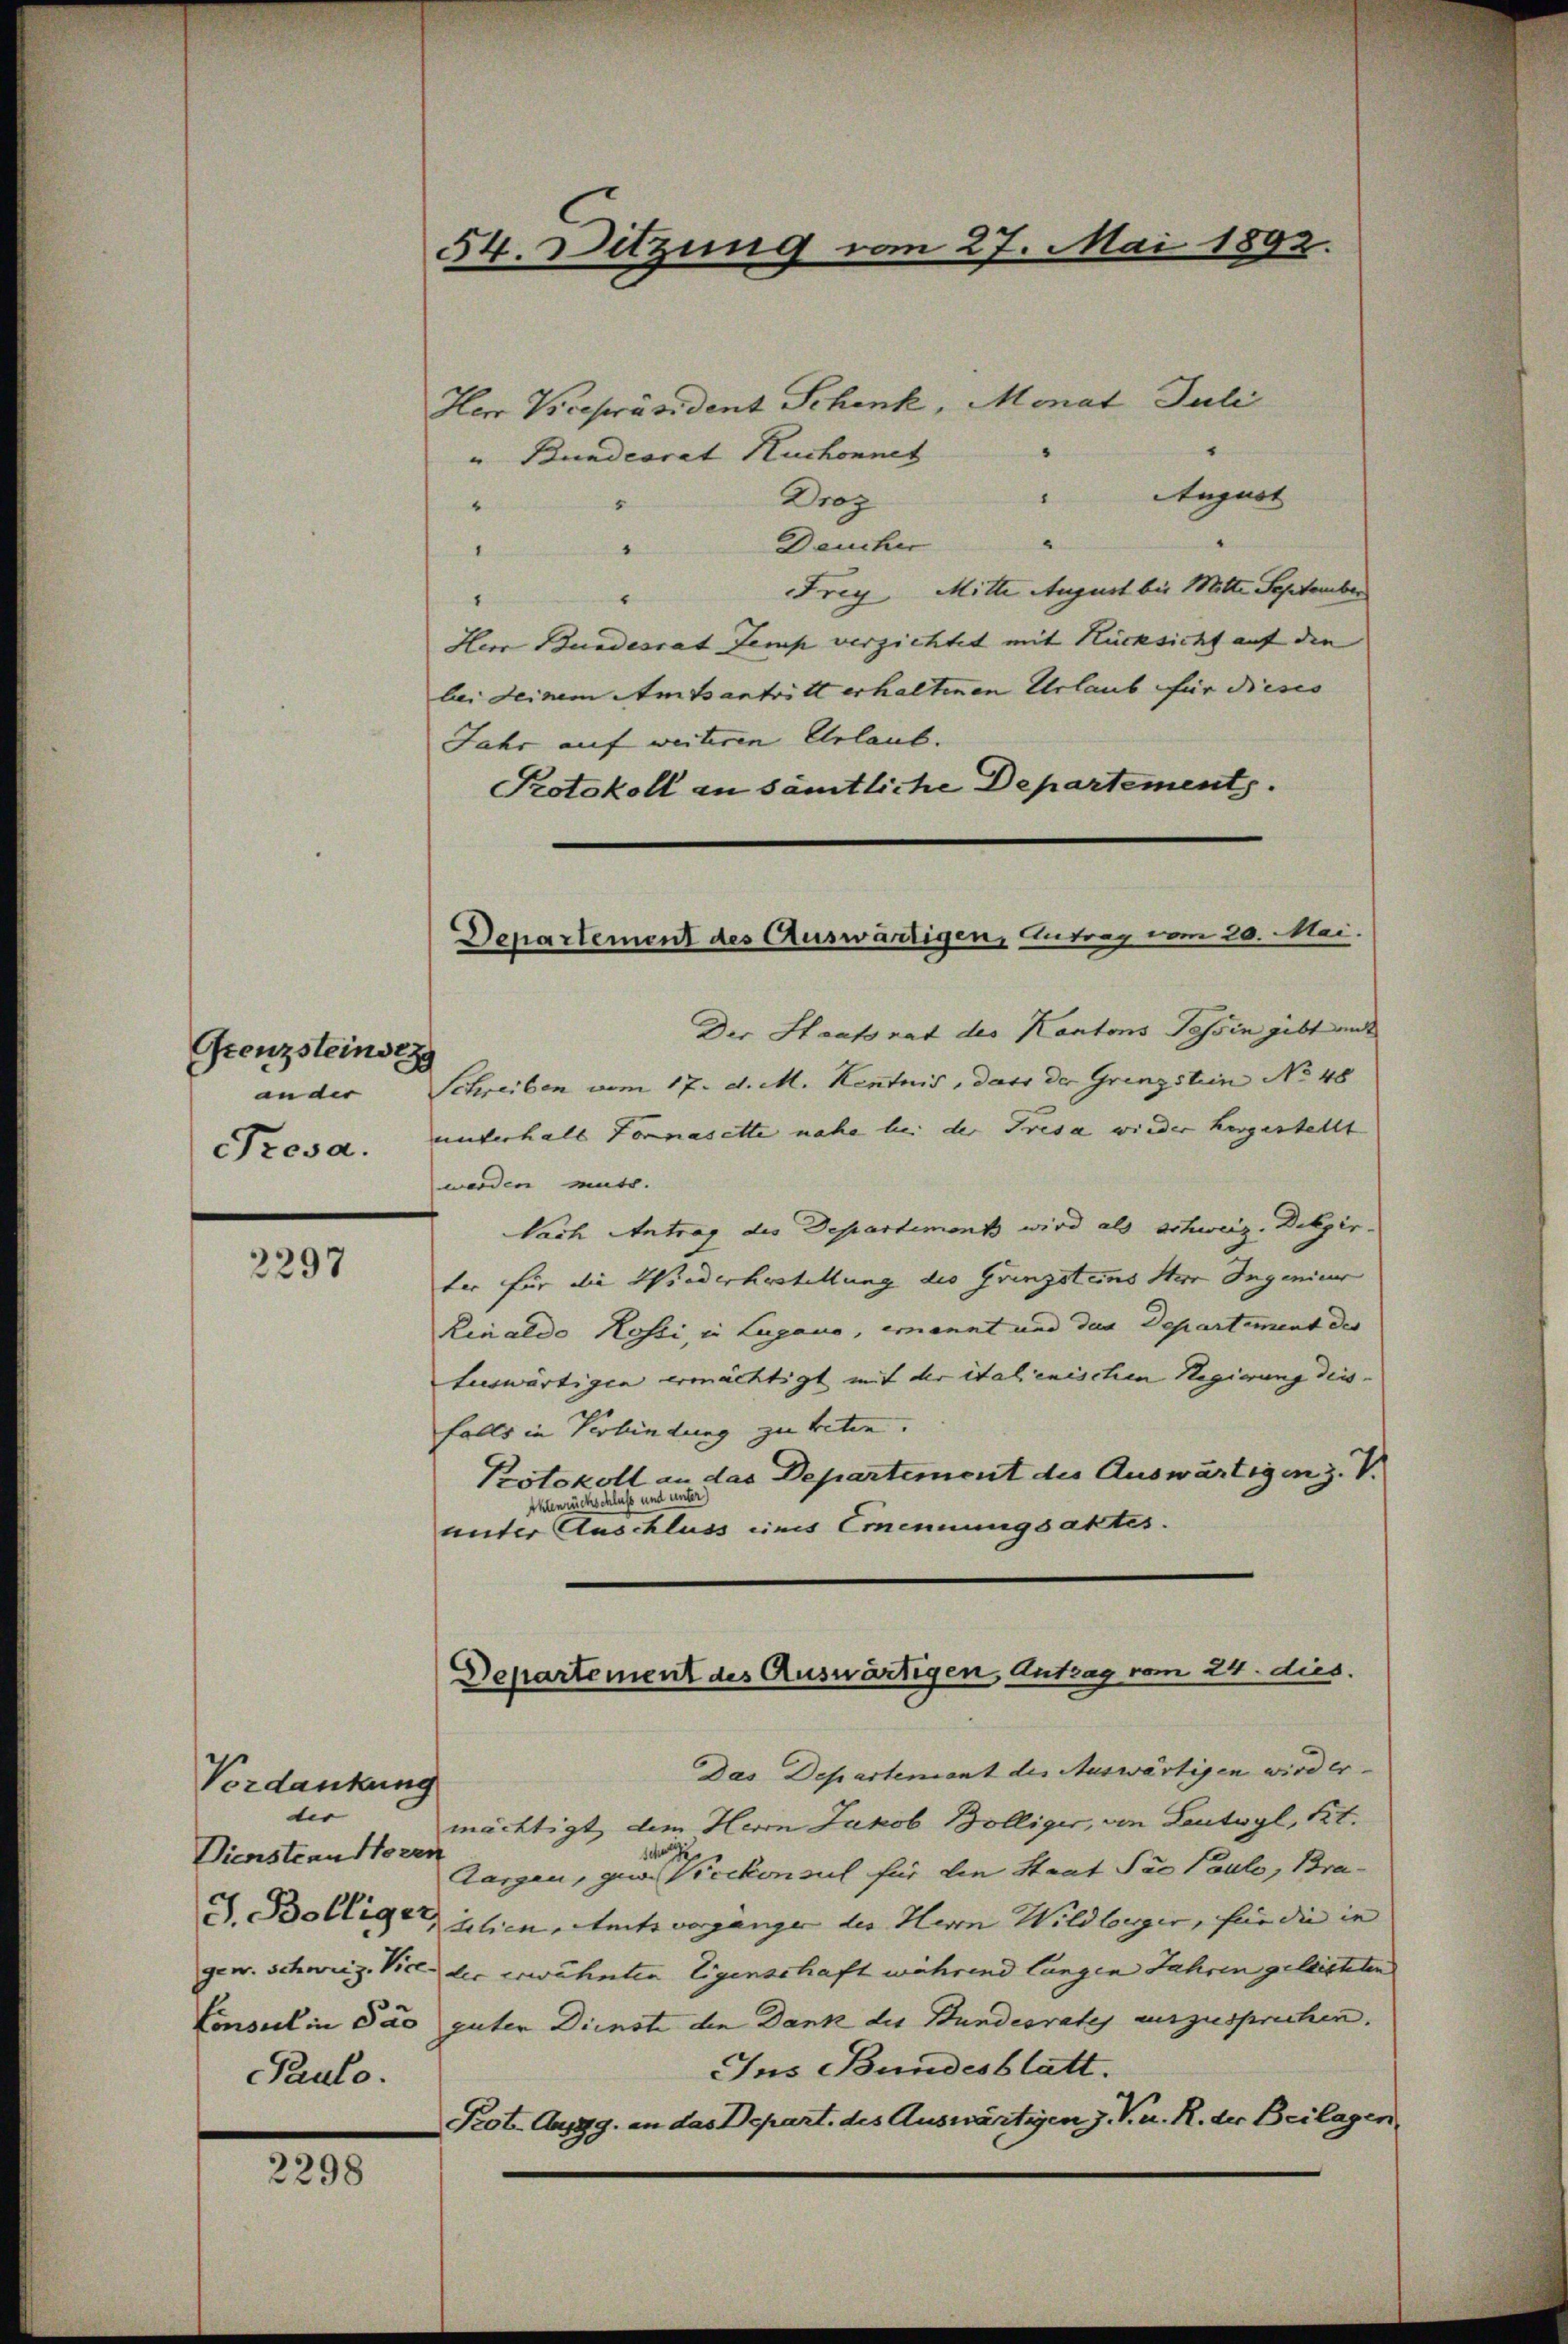
Grenzsteinst
ander |
Prosa.

2297

Vordankun
tis
Dienstern Horen
Pauto.

2298

54. Sitzung vom 27. Mai 1892.

Herr Vicepräsident Schenk, Monat Juli
" Bundesrat Ruchonnet
August
Droz
“
e
Deucher
keinen
4
Frey Mitte August bis Mitte September
1
Her Bundesrat Jemp verzichtet mit Rücksicht auf die
bei deinem Amtsantritt erhaltenen Urlaub für dieses
Jahr auf weiteren Urlaub.
Protokoll an sämtliche Departements.

Der Staatsrat des Kantons Tessin gibt mit
Schreiben vom 17. d. M. Kentnis, dass der Grenzstein No 48
unterhalb Fornasette nahe bei der Tresa wieder hergestellt
werden muts.
Nach Antrag des Departement wird als schweiz. Dikpir.
ter für die Wiederhestellung die Grenzsteins Stre Ingenier
Kinaldo Kosti, in Lugano, ernannt und das Departement des
Auswärtigen ermächtigt mit der italienischen Regierung dies
falls in Verbindung zu treten.
Protokoll an das Departement des Auswärtigen z. V.
Ehlenrückschluß und unt
unter Auschluss eines Emennungsaktes.

Departement des Auswärtigen, Antrag vom 20. Mai.

Departement des Auswärtigen, Antrag vom 24. dies.

Das Departement des Auswärtigen wird er-
mächtigt dem Herrn Jakob Bölliger, von Leutwyl, Kt.
Aargau, geseckonsul für die Staat Par Pauli, Bra
J. Bolliger, alien, seits vorgänger der Herrn Wildberger, für die in |
gew. Schweiz. Viel der erwähnten Eigenschaft während langen Jahren geleichten
Consulin das guter Dienste den Dank des Bundesrates auszusprechen.
Ins Bundesblatt.
Prot. Ausg. an das Depart. des Auswärtigen J. V. u. R. der Beilagen,